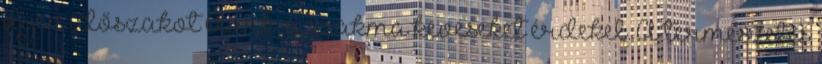
ilyen időszakot élünk, a szakma keveseket érdekel. A természetes